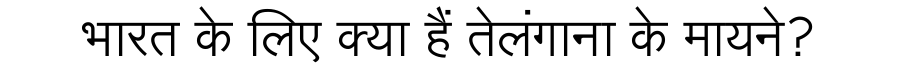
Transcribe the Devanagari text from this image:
भारत के लिए क्या हैं तेलंगाना के मायने?